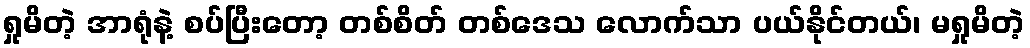
ရှုမိတဲ့ အာရုံနဲ့ စပ်ပြီးတော့ တစ်စိတ် တစ်ဒေသ လောက်သာ ပယ်နိုင်တယ်၊ မရှုမိတဲ့